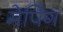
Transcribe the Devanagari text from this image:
मेपिंग